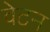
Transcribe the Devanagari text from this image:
वेटन